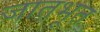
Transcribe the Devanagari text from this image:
जातभूत